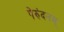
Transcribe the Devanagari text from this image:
पेरुंदनम्